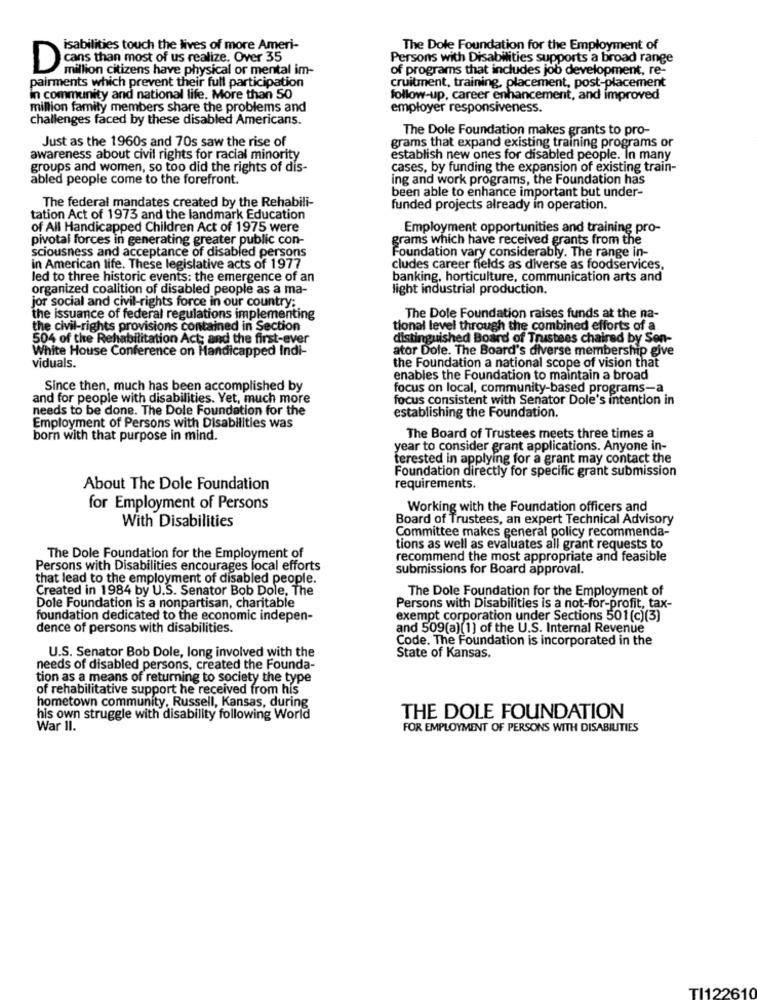
isabilities touch the lives of more Ameri-
The Dole Foundation for the Employment of
Persons with Disabilities supports a broad range
Dans than most of us realize. Over 35
million citizens have physical or mental im-
of programs that includes job development, re-
pairments which prevent their full participation
cruitment, training, placement, post-placement
in community and national life. More than 50
follow-up, career enhancement, and improved
million family members share the problems and
employer responsiveness.
challenges faced by these disabled Americans.
The Dole Foundation makes grants to pro-
Just as the 1960s and 70s saw the rise of
grams that expand existing training programs or
awareness about civil rights for racial minority
establish new ones for disabled people. In many
groups and women, so too did the rights of dis-
cases, by funding the expansion of existing train-
abled people come to the forefront.
ing and work programs, the Foundation has
been able to enhance important but under-
The federal mandates created by the Rehabili-
funded projects already in operation.
tation Act of 1973 and the landmark Education
of All Handicapped Children Act of 1975 were
Employment opportunities and training pro-
pivotal forces in generating greater public con-
grams which have received grants from the
Foundation vary considerably. The range in-
sciousness and acceptance of disabled persons
in American life. These legislative acts of 1977
cludes career fields as diverse as foodservices,
led to three historic events: the emergence of an
banking, horticulture, communication arts and
organized coalition of disabled people as a ma-
light industrial production.
jor social and civil-rights force in our country:
the issuance of federal regulations implementing
The Dole Foundation raises funds at the na-
the civil-rig
vil-rights provisions contained in Section
tional level through the combined efforts of a
504 of the Rehabilitation Act; and the first-ever
distinguished Board of Trustees chaired by Sen-
White House Conference on Handicapped Indi-
ator Dole. The Board's diverse membership give
viduals.
the Foundation a national scope of vision that
enables the Foundation to maintain a broad
Since then, much has been accomplished by
focus on local, community-based programs-a
and for people with disabilities. Yet, much more
focus consistent with Senator Dole's intention in
needs to be done. The Dole Foundation for the
establishing the Foundation.
Employment of Persons with Disabilities was
born with that purpose in mind.
The Board of Trustees meets three times a
year to consider grant applications. Anyone in-
terested in applying for a grant may contact the
Foundation directly for specific grant submission
About The Dole Foundation
requirements.
for Employment of Persons
Working with the Foundation officers and
With Disabilities
Board of Trustees, an expert Technical Advisory
Committee makes general policy recommenda-
tions as well as evaluates all grant requests to
The Dole Foundation for the Employment of
recommend the most appropriate and feasible
Persons with Disabilities encourages local efforts
submissions for Board approval.
that lead to the employment of disabled people.
Created in 1984 by U.S. Senator Bob Dole, The
The Dole Foundation for the Employment of
Dole Foundation is a nonpartisan, charitable
Persons with Disabilities is a not-for-profit, tax-
foundation dedicated to the economic indepen-
exempt corporation under Sections 501(c)(3)
dence of persons with disabilities.
and 509(a)(1) of the U.S. Internal Revenue
Code. The Foundation is incorporated in the
U.S. Senator Bob Dole, long involved with the
State of Kansas.
needs of disabled persons, created the Founda-
tion as a means of returning to society the type
of rehabilitative support he received from his
hometown community, Russell, Kansas, during
his own struggle with disability following World
THE DOLE FOUNDATION
War II.
FOR EMPLOYMENT OF PERSONS WITH DISABILITIES
TI122610